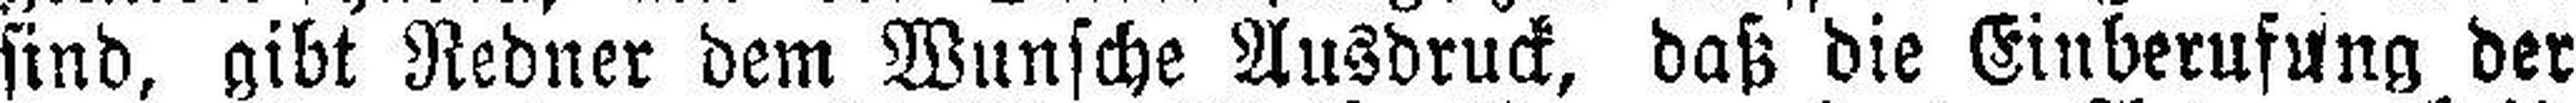
sind, gibt Redner dem Wunsche Ausdruck, daß die Einberufung der